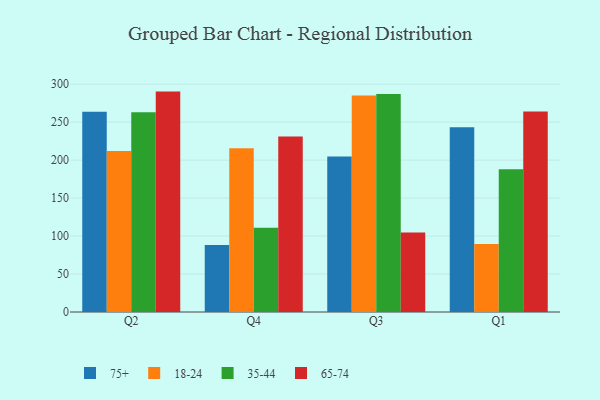
{"axis": {"x": "Quarter", "y": "Market Share (%)"}, "legend": ["18-24", "35-44", "65-74", "75+"], "data": [{"x": "Q2", "y": 263.6, "type": "75+"}, {"x": "Q2", "y": 212.0, "type": "18-24"}, {"x": "Q2", "y": 263.1, "type": "35-44"}, {"x": "Q2", "y": 290.2, "type": "65-74"}, {"x": "Q4", "y": 88.3, "type": "75+"}, {"x": "Q4", "y": 215.5, "type": "18-24"}, {"x": "Q4", "y": 110.9, "type": "35-44"}, {"x": "Q4", "y": 231.0, "type": "65-74"}, {"x": "Q3", "y": 204.7, "type": "75+"}, {"x": "Q3", "y": 285.1, "type": "18-24"}, {"x": "Q3", "y": 287.1, "type": "35-44"}, {"x": "Q3", "y": 104.7, "type": "65-74"}, {"x": "Q1", "y": 243.4, "type": "75+"}, {"x": "Q1", "y": 89.4, "type": "18-24"}, {"x": "Q1", "y": 187.9, "type": "35-44"}, {"x": "Q1", "y": 263.9, "type": "65-74"}]}